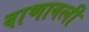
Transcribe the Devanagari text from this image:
वाणावली